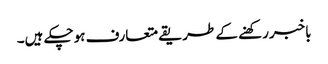
باخبررکھنے کے طریقے متعارف ہوچکے ہیں۔